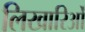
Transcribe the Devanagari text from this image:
लिखारिओं